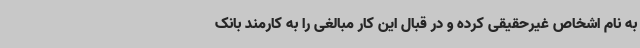
به نام اشخاص غیرحقیقی کرده و در قبال این کار مبالغی را به کارمند بانک